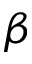
\beta